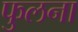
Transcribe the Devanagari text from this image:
फुलना